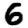
Digit: 6